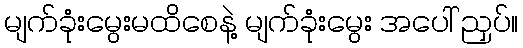
မျက်ခုံးမွေးမထိစေနဲ့ မျက်ခုံးမွေး အပေါ် ညှပ်။